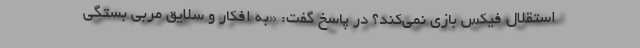
استقلال فیکس بازی نمی‌کند؟ در پاسخ گفت: «به افکار و سلایق مربی بستگی